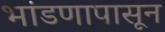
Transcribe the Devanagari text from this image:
भांडणापासून